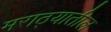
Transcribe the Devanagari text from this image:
मराठ्यातील